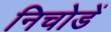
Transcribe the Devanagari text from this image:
निचोडें